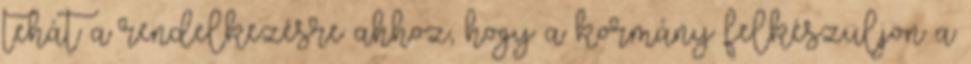
tehát a rendelkezésre ahhoz, hogy a kormány felkészüljön a